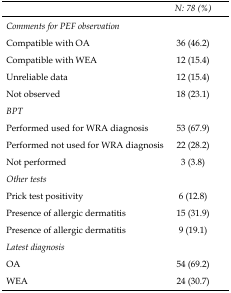
|  | N: 78 (%) |
 | --- | --- |
 | <COLSPAN=2> Comments for PEF observation |
 | Compatible with OA | 36 (46.2) |
 | Compatible with WEA | 12 (15.4) |
 | Unreliable data | 12 (15.4) |
 | Not observed | 18 (23.1) |
 | <COLSPAN=2> BPT |
 | Performed used for WRA diagnosis | 53 (67.9) |
 | Performed not used for WRA diagnosis | 22 (28.2) |
 | Not performed | 3 (3.8) |
 | <COLSPAN=2> Other tests |
 | Prick test positivity | 6 (12.8) |
 | Presence of allergic dermatitis | 15 (31.9) |
 | Presence of allergic dermatitis | 9 (19.1) |
 | <COLSPAN=2> Latest diagnosis |
 | OA | 54 (69.2) |
 | WEA | 24 (30.7) |